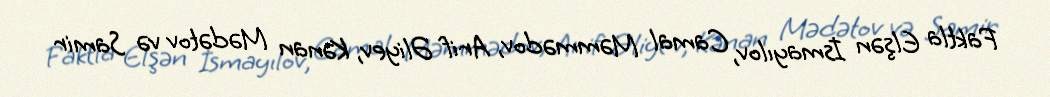
Faktla Elşən İsmayılov, Camal Məmmədov, Arif Əliyev, Kənan Mədətov və Samir